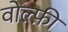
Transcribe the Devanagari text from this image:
वोल्फ़ी